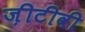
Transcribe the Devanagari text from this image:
ज़ीटीवी